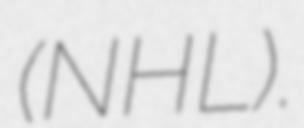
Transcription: (NHL).